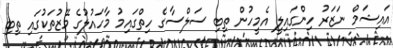
އައިޝަމް ނަޒަރު ހިންގައިލީ އެމީހުން ތިބި ސަލްސާގެ ހިތްގައިމު މާހައުލުގެ މޭޒުތަކުގައި ތިބި